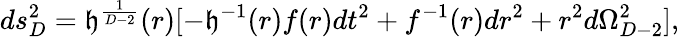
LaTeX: ds_{D}^{2}=\mathfrak{h}^{\frac{{1}}{{D-2}}}(r)[-\mathfrak{h}^{-1}(r)f(r)dt^{2}+f^{-1}(r)dr^{2}+r^{2}d\Omega_{D-2}^{2}],